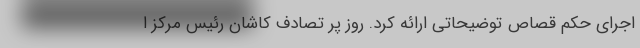
اجرای حکم قصاص توضیحاتی ارائه کرد. روز پر تصادف کاشان رئیس مرکز ا